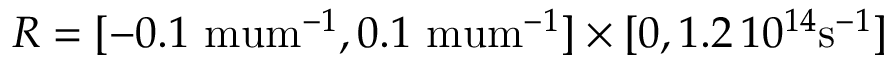
R = [ - 0 . 1 \mathrm { \ m u m } ^ { - 1 } , 0 . 1 \mathrm { \ m u m } ^ { - 1 } ] \times [ 0 , 1 . 2 \, 1 0 ^ { 1 4 } \mathrm { s } ^ { - 1 } ]